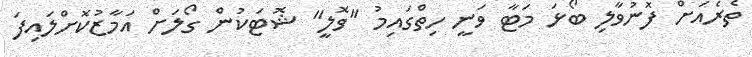
ތެރެއަށް ފޮނުވާލި ބޯޅަ މަޓާ ވަނީ ހިތްގައިމު "ވޮލީ" ޝޮޓަކުން ގޯލަށް އަމާޒުކޮށްލައިފަ